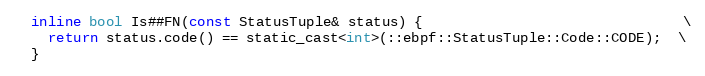
Language: C
  inline bool Is##FN(const StatusTuple& status) {                               \
    return status.code() == static_cast<int>(::ebpf::StatusTuple::Code::CODE);  \
  }